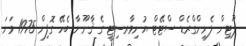
ޕޫޓިން ލެނިންގްރެޑް ސްޓޭޓް ޔުނިވާރސިޓީ ގެ ޤާނޫނާ ބެހޭ ގޮފިން 1975 ވަނަ